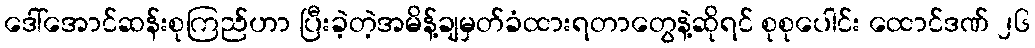
ဒေါ်အောင်ဆန်းစုကြည်ဟာ ပြီးခဲ့တဲ့အမိန့်ချမှတ်ခံထားရတာတွေနဲ့ဆိုရင် စုစုပေါင်း ထောင်ဒဏ် ၂၆